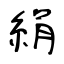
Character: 絹